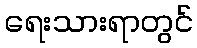
ရေးသားရာတွင်